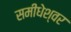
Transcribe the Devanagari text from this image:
समीधेश्वर